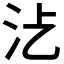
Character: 𣲁